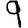
Digit: 9